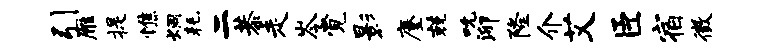
引雁提憔炯耗二恭走岑觉影麈兢吮泖隆介艾臣宿徵